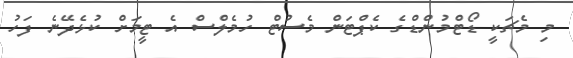
މި މެޗަކީ ޑޯޓްމުންޑްގެ ކެޕްޓަން މެސުޓް ހުމެލްސް އެ ޓީމަށް ކުޅެދޭނެ ފަހު